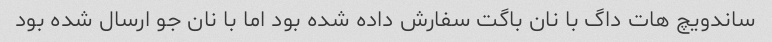
ساندویچ هات داگ با نان باگت سفارش داده شده بود اما با نان جو ارسال شده بود